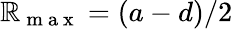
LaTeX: \mathbb{R}_{\mathrm{{~m~a~x~}}}=(a-d)/2